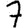
Digit: 7